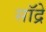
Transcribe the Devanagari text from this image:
सॉद्रे